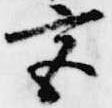
宮